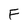
Character: F